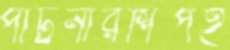
পার্টনারশিপই